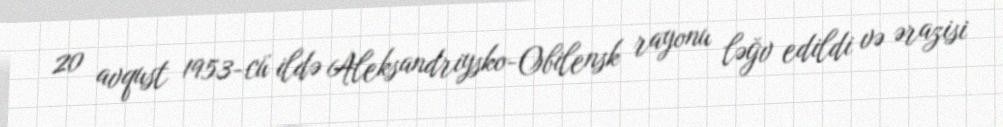
20 avqust 1953-cü ildə Aleksandriysko-Obilensk rayonu ləğv edildi və ərazisi